画像に写った文字を読んでください
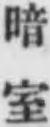
「暗室」と書いてあります